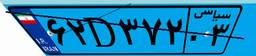
۶۲D۳۷۲۰۳